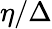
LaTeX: \eta/\Delta